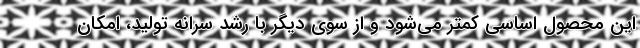
این محصول اساسی کمتر می‌شود و از سوی دیگر با رشد سرانه تولید، امکان